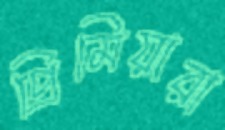
প্রিমিয়ারা